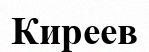
Киреев